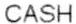
CASH